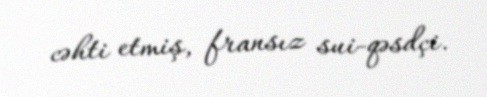
cəhti etmiş, fransız sui-qəsdçi.